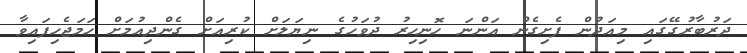
ދަރުބާރުގޭގައި މިއަދުން ފެށިގެން އަންނަ ހޮނިހިރު ދުވަހުގެ ނިޔަލަށް ކުރިއަށް ގެންދިއުމަށް ހަމަޖެހިފައިވާ